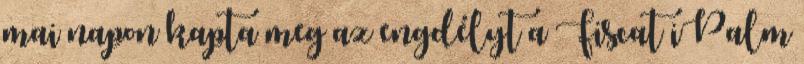
mai napon kapta meg az engdélyt a Fiscat iPalm